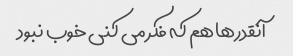
آنقدرها هم که فکر می کنی خوب نبود